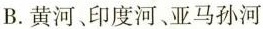
B.黄河、印度河、亚马孙河